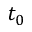
t _ { 0 }